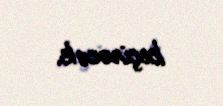
keçirəcək.